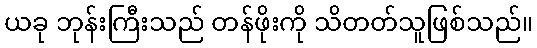
ယခု ဘုန်းကြီးသည် တန်ဖိုးကို သိတတ်သူဖြစ်သည်။